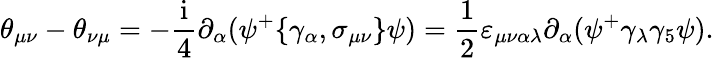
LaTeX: \theta_{\mu\nu}-\theta_{\nu\mu}=-\frac{\mathrm{i}}4\partial_{\alpha}(\psi^{+}\{ \gamma_{\alpha},\sigma_{\mu\nu}\} \psi)=\frac 12\varepsilon_{\mu\nu\alpha\lambda}\partial_{\alpha}(\psi^{+}\gamma_{\lambda}\gamma_{5}\psi).